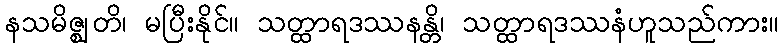
နသမိဇ္ဈတိ၊ မပြီးနိုင်။ သတ္ထာရဒဿနန္တိ၊ သတ္ထာရဒဿနံဟူသည်ကား။